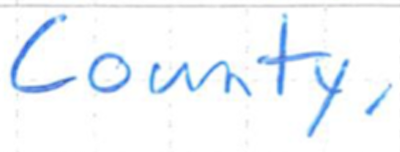
Text: County,
Cross-out: clean
Writing tool: ballpoint